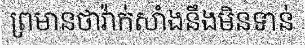
ព្រមានថាវ៉ាក់សាំងនឹងមិនទាន់